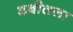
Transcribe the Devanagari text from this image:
डबीतला